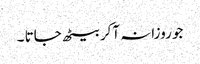
جو روزانہ آکر بیٹھ جاتا ۔